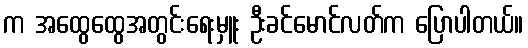
က အထွေထွေအတွင်းရေးမှူး ဦးခင်မောင်လတ်က ပြောပါတယ်။